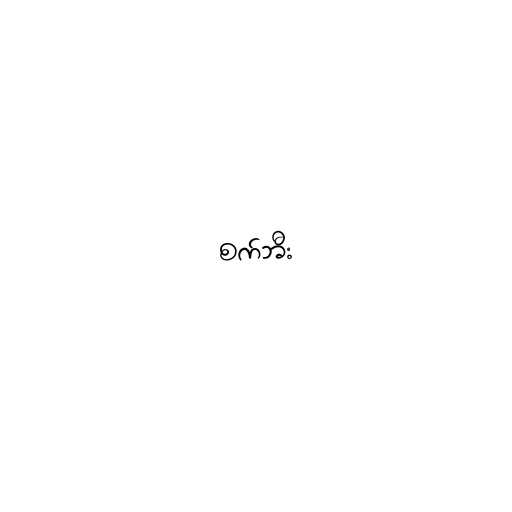
စက်ဘီး